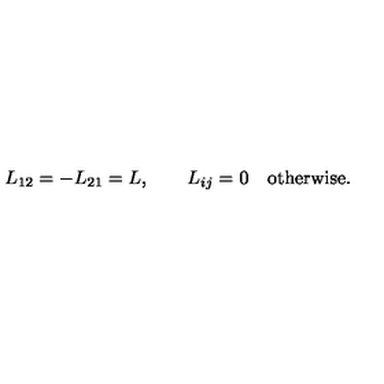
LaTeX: L _ { 1 2 } = - L _ { 2 1 } = L , \qquad L _ { i j } = 0 \quad \mathrm { o t h e r w i s e } .